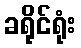
ခရိုင်ရုံး